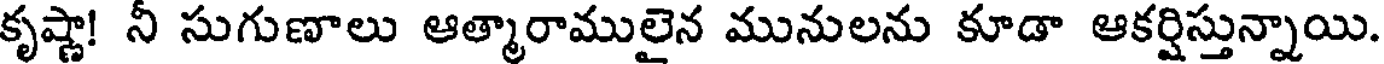
కృష్ణా! నీ సుగుణాలు ఆత్మారాములైన మునులను కూడా ఆకర్షిస్తున్నాయి.